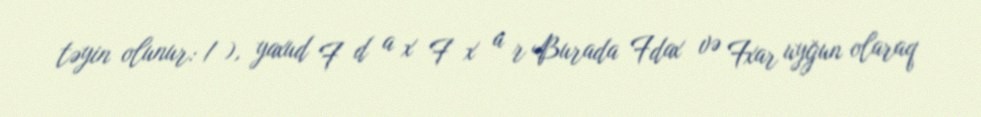
təyin olunur: / ), yaxud F d a x F x a r Burada Fdax və Fxar uyğun olaraq